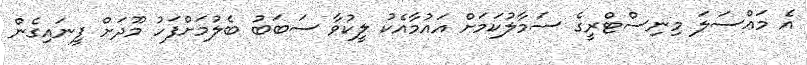
އެ މައްސަލަ މިނިސްޓްރީގެ ސަމާލުކަމަށް އައުމާއެކު ލީކުވާ ސަބަބު ބެލުމަށްފަހު މޫދަށް ފީނައިގެން